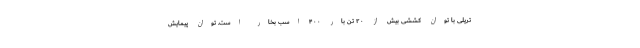
تریلی با توان کششی بیش از ۲۰ تن بار ۴۰۰ اسب بخار است. توان پیمایش